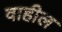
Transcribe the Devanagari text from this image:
वाहील